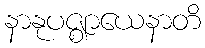
နာနုပဇ္ဈာယေနာတိ